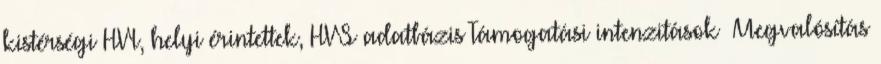
kistérségi HVI, helyi érintettek, HVS adatbázis Támogatási intenzitások ▪Megvalósítás